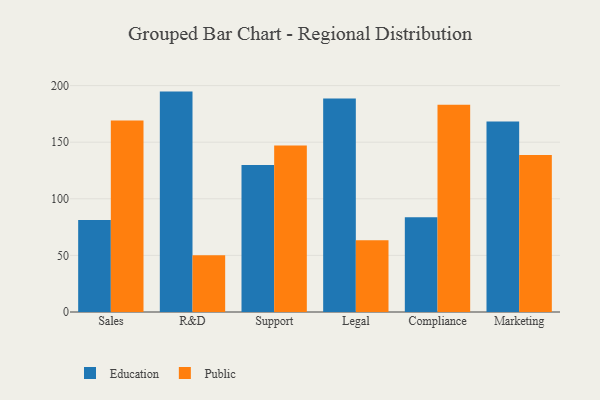
{"axis": {"x": "Department", "y": "LTV (USD)"}, "legend": ["Education", "Public"], "data": [{"x": "Sales", "y": 81.2, "type": "Education"}, {"x": "Sales", "y": 169.1, "type": "Public"}, {"x": "R&D", "y": 194.7, "type": "Education"}, {"x": "R&D", "y": 50.2, "type": "Public"}, {"x": "Support", "y": 129.8, "type": "Education"}, {"x": "Support", "y": 147.0, "type": "Public"}, {"x": "Legal", "y": 188.6, "type": "Education"}, {"x": "Legal", "y": 63.3, "type": "Public"}, {"x": "Compliance", "y": 83.7, "type": "Education"}, {"x": "Compliance", "y": 183.0, "type": "Public"}, {"x": "Marketing", "y": 168.3, "type": "Education"}, {"x": "Marketing", "y": 138.8, "type": "Public"}]}